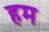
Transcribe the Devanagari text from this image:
हम